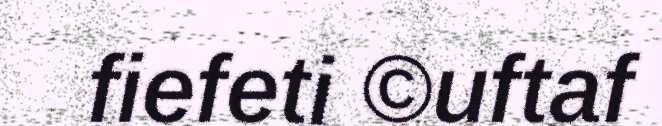
fiefeti ©uftaf